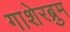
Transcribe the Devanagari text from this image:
गाशेरब्रुम